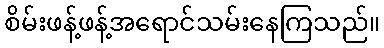
စိမ်းဖန့်ဖန့်အရောင်သမ်းနေကြသည်။